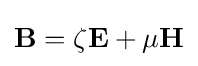
\mathbf {B} =\zeta \mathbf {E} +\mu \mathbf {H}